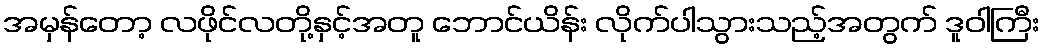
အမှန်တော့ လဖိုင်လတို့နှင့်အတူ ဘောင်ယိန်း လိုက်ပါသွားသည့်အတွက် ဒူဝါကြီး